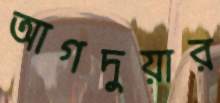
আগদুয়ার